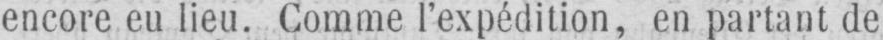
encore eu lieu. Comme l’expédition, en partant de